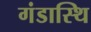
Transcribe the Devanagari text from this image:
गंडास्थि